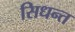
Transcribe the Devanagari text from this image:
सिधन्त